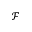
\mathcal { F }